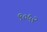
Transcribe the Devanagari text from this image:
९०५२